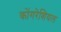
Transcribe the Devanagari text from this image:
कोंगरेशियल